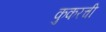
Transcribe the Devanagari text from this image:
कुकरची